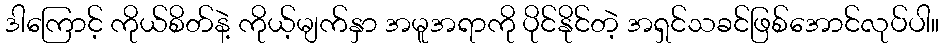
ဒါကြောင့် ကိုယ်စိတ်နဲ့ ကိုယ့်မျက်နှာ အမူအရာကို ပိုင်နိုင်တဲ့ အရှင်သခင်ဖြစ်အောင်လုပ်ပါ။